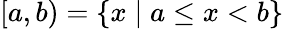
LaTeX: [a,b)=\{ x\mid a\leq x<b\}